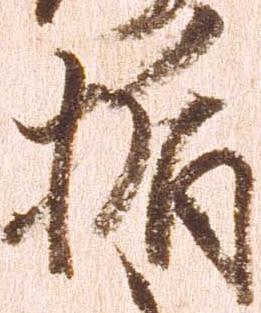
楯